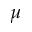
\mu